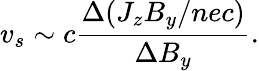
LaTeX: v_{s}\sim c\frac{\Delta(J_{z}B_{y}/nec)}{\Delta B_{y}}.